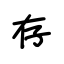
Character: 存